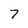
Character: 7